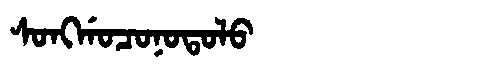
Manchu: ᠰᠣᠩᡤᠣᠴᠣᠨᠣᡨᠣᠯᠣ
Romanization: SONGGOCONOTOLO